King Institute of Preventive Medicine Micro-Biological Section reports 1912-19
Year: 1912
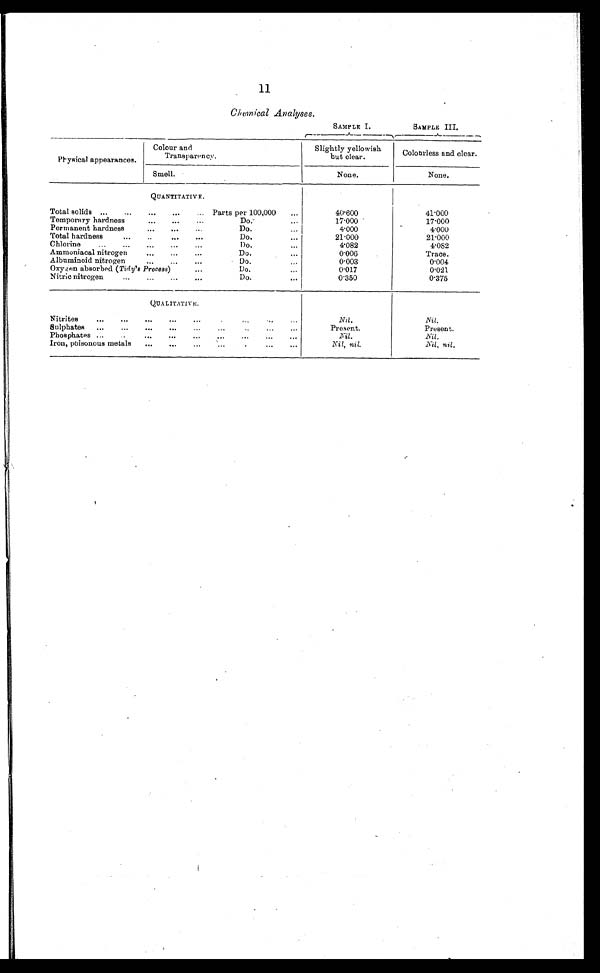
11
Chemical Analyses.
SAMPLE I.
SAMPLE III.
Physical appearances.
Colour and
Transparency.
Slightly yellowish
but clear.
Colourless and clear.
Smell.
None.
None.
QUANTITATIVE.
Total solids . . .
Parts per 100,000 . . .
40.600
41.000
Temporary hardness . . .
Do.. .
17.000
17.000
Permanent hardness . . .
Do. . .
4.000
4.000
Total hardness . . .
Do. . .
21.000
21.000
4.082
4.082
Chlorine . . .
Do. . .
Trace.
Ammoniacal nitrogen . . .
Do. . .
0.006
Albuminoid nitrogen . . .
Do. . .
0.003
0.004
0.021
Oxygen absorbed (Tidy'8 Process) . . .
D o . . .
0.017
Nitric nitrogen . . .
D o . . .
0.350
0.375
QUALITATIVE.
Nitrites . . .
Nil.
Nil .
Sulphates . . .
. . .
Present.
Present.
P h o s p h a t e s . . .
. . .
Nil.
Nil
Nil, nil.
Nil, nil.
Iron, poisonous metals . . .
. . .